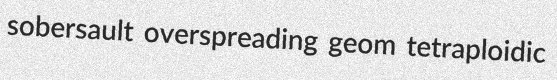
sobersault overspreading geom tetraploidic